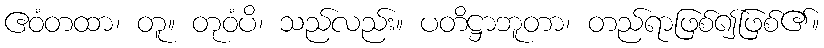
ဧဝံတထာ၊ တူ။ တုဝံပိ၊ သည်လည်း။ ပတိဋ္ဌာဘူတာ၊ တည်ရာဖြစ်၍ဖြစ်၏။